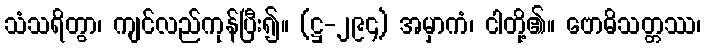
သံသရိတွာ၊ ကျင်လည်ကုန်ပြီး၍။ (ဋ္ဌ-၂၉၄) အမှာကံ၊ ငါတို့၏။ ဗောဓိသတ္တဿ၊